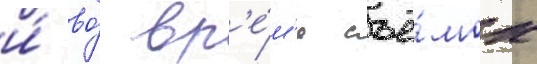
и́ во́ вр'е́м'я съё́мок